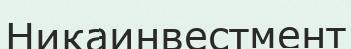
Никаинвестмент